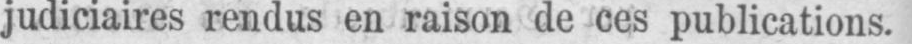
judiciaires rendus en raison de ces publications.